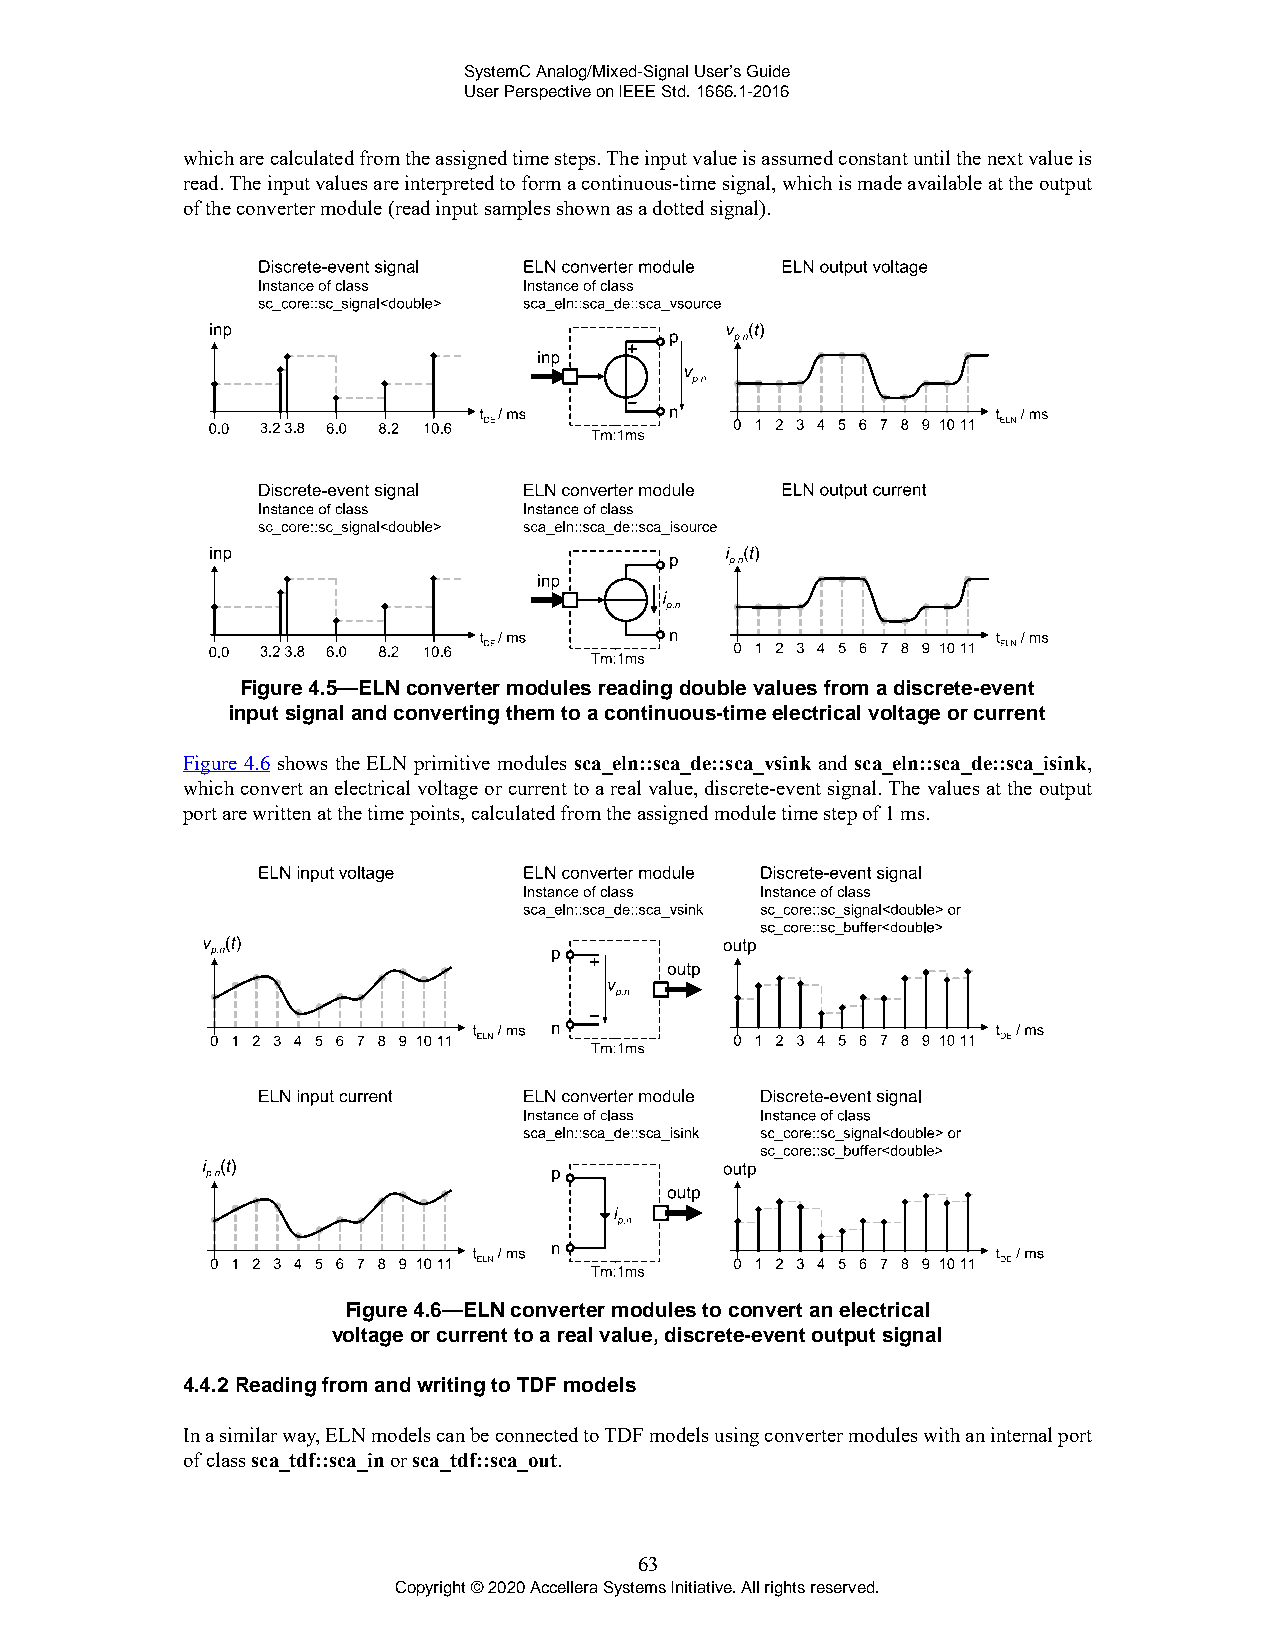
SystemC Analog/Mixed-Signal User’s Guide
 User Perspective on IEEE Std. 1666.1-2016
 which are calculated from the assigned time steps. The input value is assumed constant until the next value is
 read. The input values are interpreted to form a continuous-time signal, which is made available at the output
 of the converter module (read input samples shown as a dotted signal).
 Figure 4.5—ELN converter modules reading double values from a discrete-event
 input signal and converting them to a continuous-time electrical voltage or current
 Figure 4.6 shows the ELN primitive modules sca_eln::sca_de::sca_vsink and sca_eln::sca_de::sca_isink,
 which convert an electrical voltage or current to a real value, discrete-event signal. The values at the output
 port are written at the time points, calculated from the assigned module time step of 1 ms.
 Figure 4.6—ELN converter modules to convert an electrical
 voltage or current to a real value, discrete-event output signal
 4.4.2 Reading from and writing to TDF models
 In a similar way, ELN models can be connected to TDF models using converter modules with an internal port
 of class sca_tdf::sca_in or sca_tdf::sca_out.
 63
 Copyright © 2020 Accellera Systems Initiative. All rights reserved.